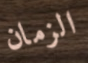
الزمان